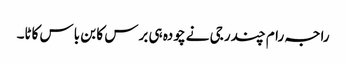
راجہ رام چندر جی نے چودہ ہی برس کا بن باس کاٹا۔